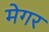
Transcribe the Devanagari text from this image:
मेगर